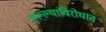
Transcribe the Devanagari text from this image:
हल्ल्यांविरोधात